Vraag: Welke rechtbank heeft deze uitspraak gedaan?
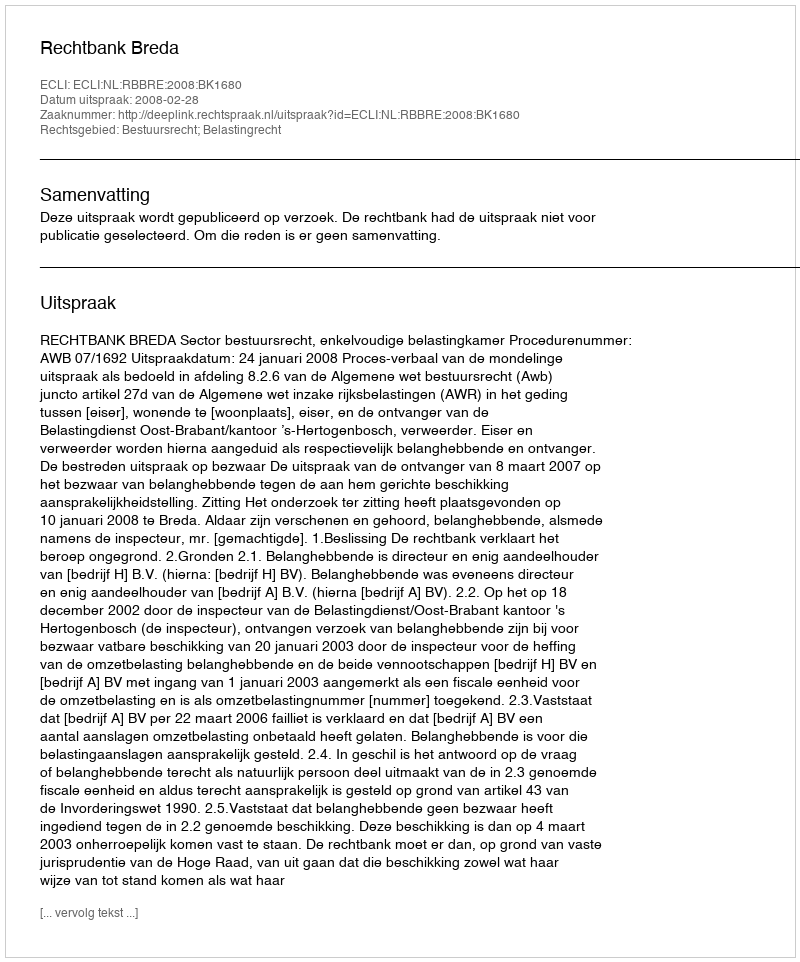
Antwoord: Rechtbank Breda